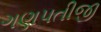
ગણપતીજી